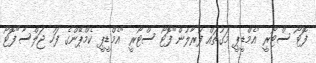
ފޮޓޯ ސްޓޯރީ "އެމްޑީޕީ މަގުތައް ފުރާލުން"ފޮޓޯ ސްޓޯރީ "އެމްޑީޕީ ކެމްޕޭންގެ ފަހު ޖަލްސާ"ފޮޓޯ